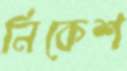
নিকেশ